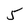
Character: 5